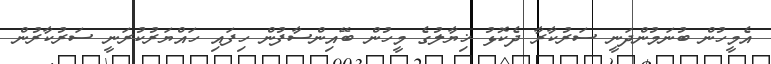
އެމީހުން ބުނަމުންދަނީ ސަރުކާރާ ދެކޮޅު ޚިޔާލުގެ މީހުން ބޭއިންސާފުން ހިފައި ހައްޔަރުކުރަނީ ސަރުކާރުން